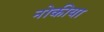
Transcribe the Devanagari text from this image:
नोकीया